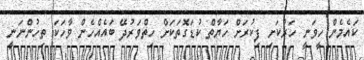
ކައެމެން ހީވަނީ ހަރުކަށި ފިކުރަށް ހަޔާތް ކުޑަގޮތަކަށް ހިތްވަރުދޭ ބައެއްހެން ވާހަކަ ތިހުންނަނީ